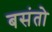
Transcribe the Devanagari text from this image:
बसंतो